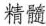
精髓